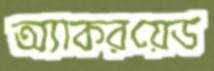
অ্যাকরয়েড